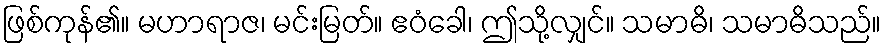
ဖြစ်ကုန်၏။ မဟာရာဇ၊ မင်းမြတ်။ ဧဝံခေါ၊ ဤသို့လျှင်။ သမာဓိ၊ သမာဓိသည်။